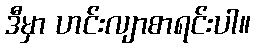
ဒီမှာ ဟင်းလျာစာရင်းပါ။